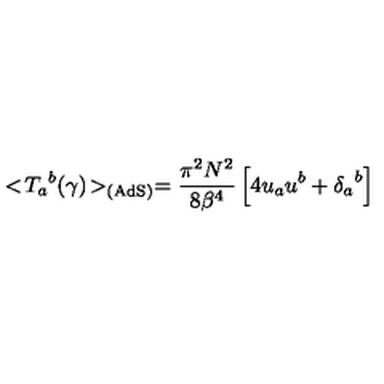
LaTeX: < \! { { T } _ { a } } ^ { b } ( \gamma ) \! > _ { \mathrm { ( A d S ) } } = { \frac { \pi ^ { 2 } N ^ { 2 } } { 8 { \beta } ^ { 4 } } } \left[ 4 u _ { a } u ^ { b } + { { \delta } _ { a } } ^ { b } \right]